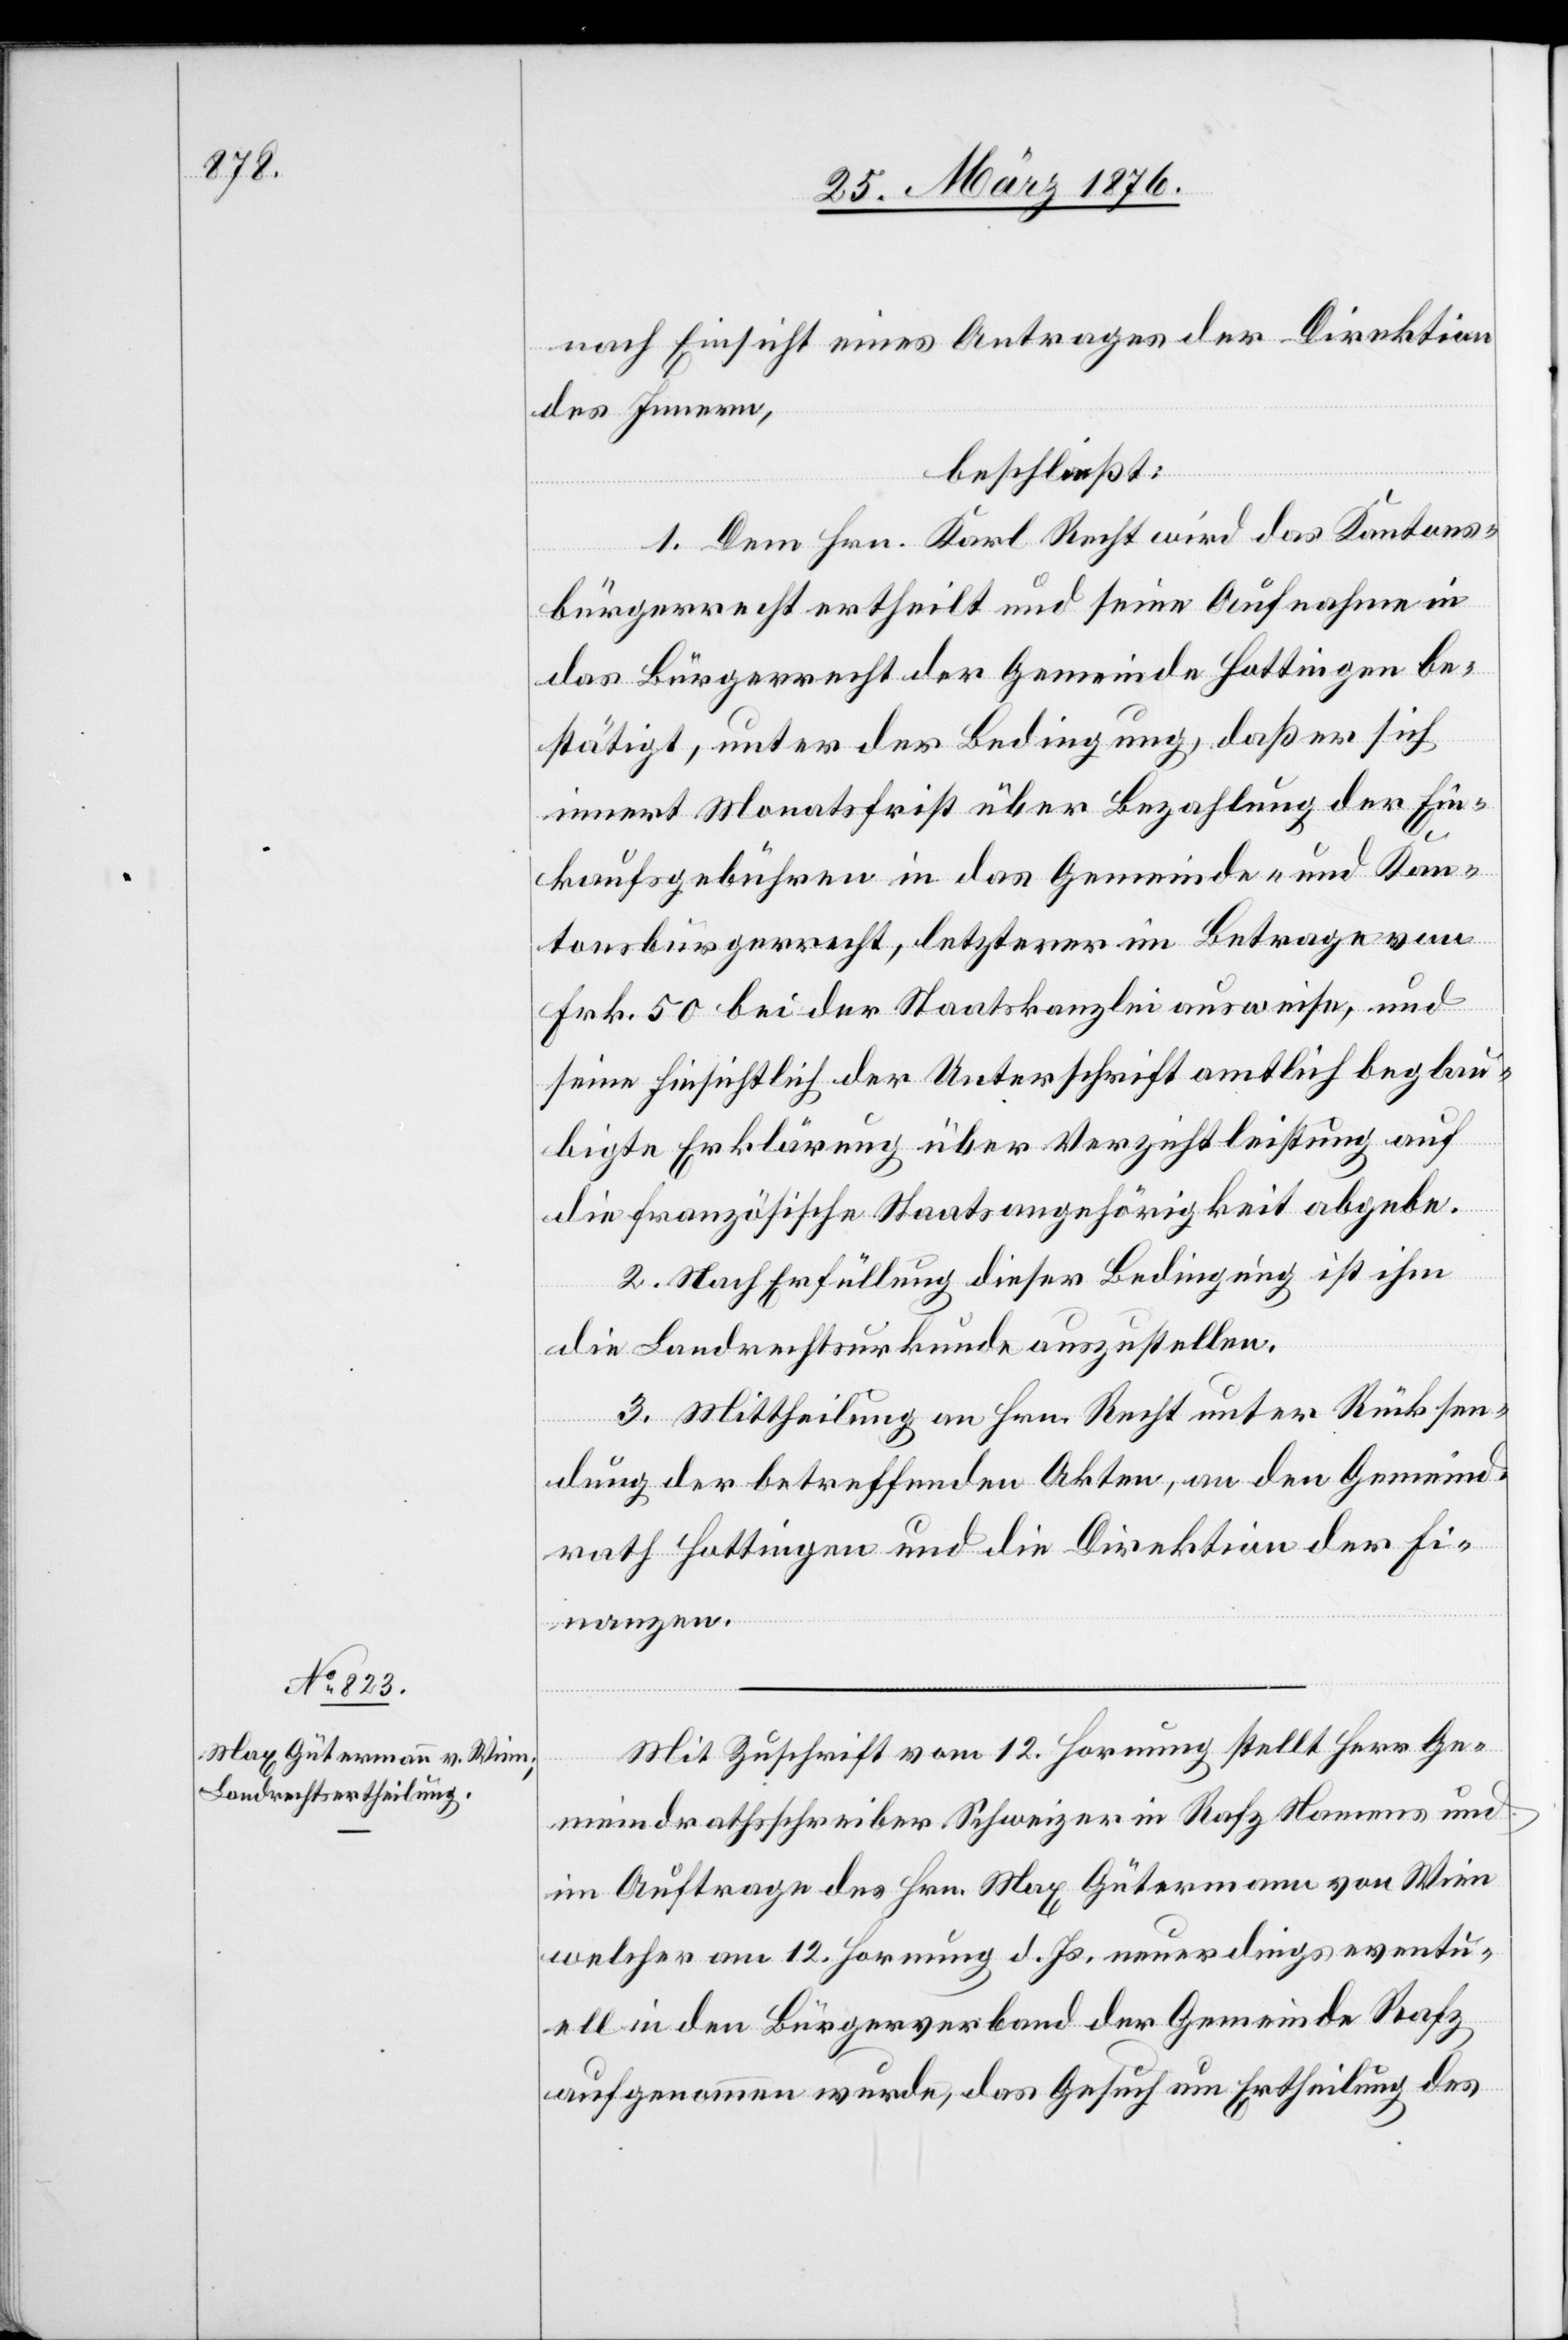
nach Einsicht eines Antrages der Direktion
des Innern,
beschließt:
1. Dem Hrn. Karl Recht wird das Kantons¬
bürgerrecht ertheilt und seine Aufnahme in
das Bürgerrecht der Gemeinde Hottingen be¬
stätigt, unter der Bedingung, daß er sich
innert Monatsfrist über Bezahlung der Ein¬
kaufsgebühren in das Gemeinde- und Kan¬
tonsbürgerrecht, letzterer im Betrage von
Frk. 50 bei der Staatskanzlei ausweise, und
seine hinsichtlich der Unterschrift amtlich beglau¬
bigte Erklärung über Verzichtleistung auf
die französische Staatsangehörigkeit abgebe.
2. Nach Erfüllung dieser Bedingung ist ihm
die Landrechtsurkunde auszustellen.
3. Mittheilung an Hrn. Recht unter Rücksen¬
dung der betreffenden Akten, an den Gemeind¬
rath Hottingen und die Direktion der Fi¬
nanzen.
Mit Zuschrift vom 12. Hornung stellt Herr Ge¬
meindrathsschreiber Schweizer in Rafz Namens und
im Auftrage des Hrn. Max Gütermann von Wien
welcher am 12. Hornung d. Js. neuerdings eventu¬
ell in den Bürgerverband der Gemeinde Rafz
aufgenommen wurde, das Gesuch um Ertheilung des